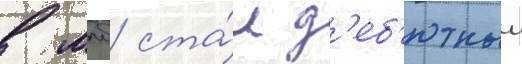
в млб ста́л д'еб'ютныи